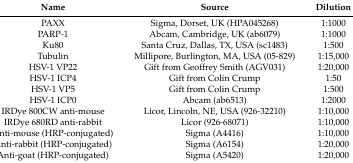
| Name | Source | Dilution |
 | --- | --- | --- |
 | PAXX | Sigma, Dorset, UK (HPA045268) | 1:1000 |
 | PARP-1 | Abcam, Cambridge, UK (ab6079) | 1:1000 |
 | Ku80 | Santa Cruz, Dallas, TX, USA (sc1483) | 1:500 |
 | Tubulin | Millipore, Burlington, MA, USA (05-829) | 1:15,000 |
 | HSV-1 VP22 | Gift from Geoffrey Smith (AGV031) | 1:20,000 |
 | HSV-1 ICP4 | Gift from Colin Crump | 1:50 |
 | HSV-1 VP5 | Gift from Colin Crump | 1:500 |
 | HSV-1 ICP0 | Abcam (ab6513) | 1:2000 |
 | IRDye 800CW anti-mouse | Licor, Lincoln, NE, USA (926-32210) | 1:10,000 |
 | IRDye 680RD anti-rabbit | Licor (926-68071) | 1:10,000 |
 | Anti-mouse (HRP-conjugated) | Sigma (A4416) | 1:10,000 |
 | Anti-rabbit (HRP-conjugated) | Sigma (A6154) | 1:20,000 |
 | Anti-goat (HRP-conjugated) | Sigma (A5420) | 1:20,000 |